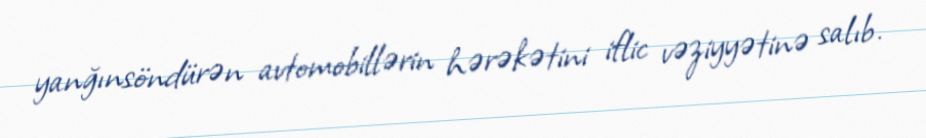
yanğınsöndürən avtomobillərin hərəkətini iflic vəziyyətinə salıb.